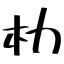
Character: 朸